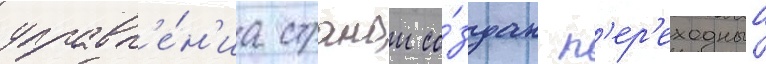
управл'е́н'иа странои со́здан п'ер'еходныи